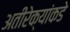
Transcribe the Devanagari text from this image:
अतीरेक्यांकडे